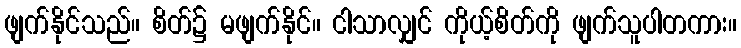
ဖျက်နိုင်သည်။ စိတ်၌ မဖျက်နိုင်။ ငါသာလျှင် ကိုယ့်စိတ်ကို ဖျက်သူပါတကား။